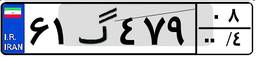
۱۰گ۷۵۱۵۰